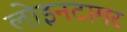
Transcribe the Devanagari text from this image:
लोइनटामर